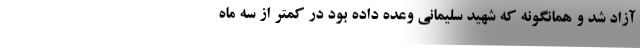
آزاد شد و همانگونه که شهید سلیمانی وعده داده بود در کمتر از سه ماه